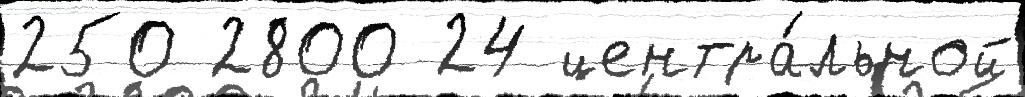
250 2800 24 центра́льной